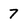
Character: 7